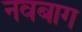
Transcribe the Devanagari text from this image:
नवबाग